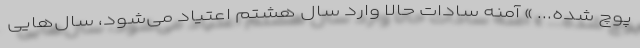
پوچ شده... » آمنه سادات حالا وارد سال هشتم اعتیاد می‌شود، سال‌هایی